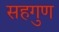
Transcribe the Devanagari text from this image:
सहगुण